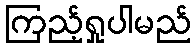
ကြည့်ရှုပါမည်